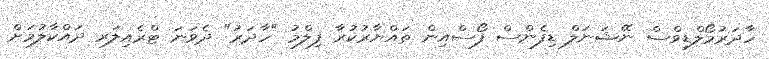
ހާދަރުމޯލްޑިވްސް ނޭޝަނަލް ޑިފެންސް ފޯސްއިން ތައްޔާރުކުރާ ފިލްމު "ހާދަރު" ދެވަނަ ޓްރެއިލަރ ދައްކާލުމަށް